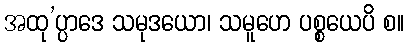
အထု’ပ္ပာဒေ သမုဒယော၊ သမူဟေ ပစ္စယေပိ စ။